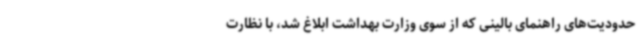
حدودیت‌های راهنمای بالینی که از سوی وزارت بهداشت ابلاغ شد، با نظارت